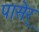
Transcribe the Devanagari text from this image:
पासेर्